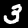
Label: 3